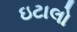
ઇટાલો